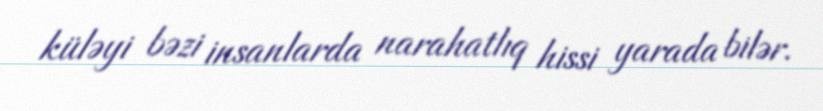
küləyi bəzi insanlarda narahatlıq hissi yarada bilər.